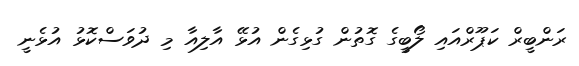
ރަންބީރް ކަޕޫރްއައި ލޯބީގެ ގޮތުން ގުޅިގެން އުޅޭ އާލިއާ މި ދުވަސްކޮޅު އުޅެނީ